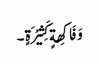
وَ فَاکِھةٍ کَثِیْرَةٍ ۔